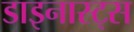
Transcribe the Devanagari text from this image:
डाइनास्ट्स